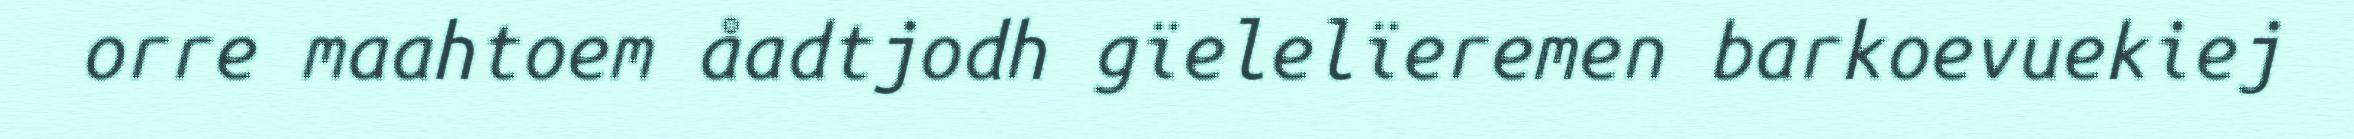
orre maahtoem åadtjodh gïelelïeremen barkoevuekiej